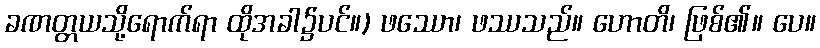
ခဏတ္တယသို့ရောက်ရာ ထိုအခါ၌ပင်။) ဖဿော၊ ဖဿသည်။ ဟောတိ၊ ဖြစ်၏။ ပေ။